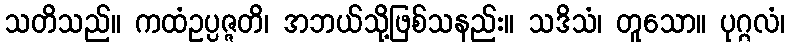
သတိသည်။ ကထံဥပ္ပဇ္ဇတိ၊ အဘယ်သို့ဖြစ်သနည်း။ သဒိသံ၊ တူသော။ ပုဂ္ဂလံ၊